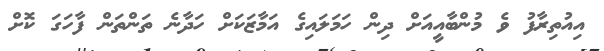
އިއުތިރާފު ވެ މުންބާއީއަށް ދިން ހަމަލައިގެ އަމާޒަކަށް ހަދާނެ ތަންތަން ފާހަގަ ކޮށް